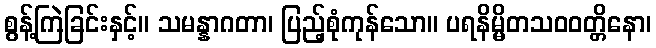
စွန့်ကြဲခြင်းနှင့်။ သမန္နာဂတာ၊ ပြည့်စုံကုန်သော။ ပရနိမ္မိတသဝဝတ္တိနော၊